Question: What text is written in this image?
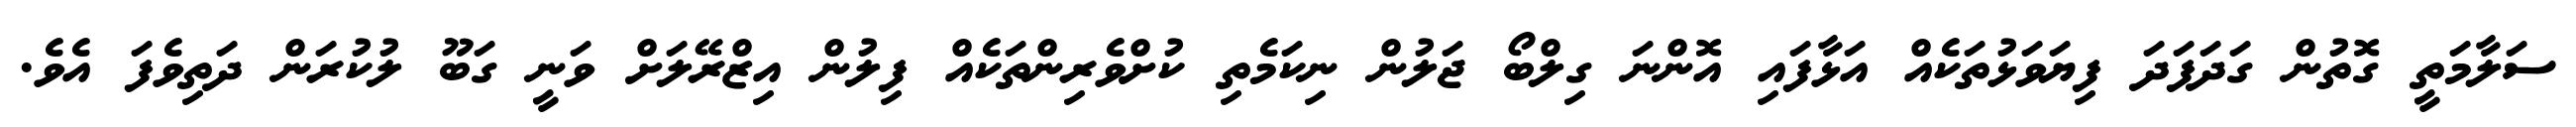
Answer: ސަލާމަތީ ގޮތުން ގަދަފަދަ ފިޔަވަޅުތަކެއް އަޅާފައި އޮންނަ ގިލްބޯ ޖަލުން ނިކަމެތި ކުށްވެރިންތަކެއް ފިލުން އިޒްރޭލަށް ވަނީ ގަބޫ ލުކުރަން ދަތިވެފަ އެވެ.